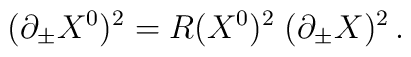
(\partial_\pm X^0)^2 = R(X^0)^2 \; (\partial_\pm X)^2 \, .